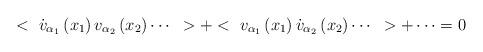
LaTeX: \begin{align*}<~\dot{v}_{\alpha_{1}}\left( x_{1} \right)v_{\alpha_{2}}\left( x_{2}\right)\cdots~>+<~v_{\alpha_{1}}\left( x_{1} \right)\dot{v}_{\alpha_{2}}\left(x_{2} \right)\cdots~>+\cdots=0\end{align*}